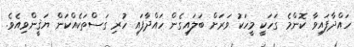
ހައްދާފައިވާ ކޮންމެ ގަހަކީ މީހަކު ވަރަށް ބަލައިގެން ހައްދާފައި ހުރި ގަސްތަކެއްކަން ޔަޤީންވިއެވެ.